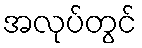
အလုပ်တွင်